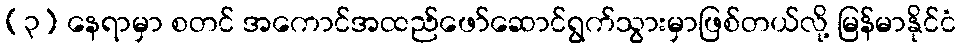
(၃) နေရာမှာ စတင် အကောင်အထည်ဖော်ဆောင်ရွက်သွားမှာဖြစ်တယ်လို့ မြန်မာနိုင်ငံ